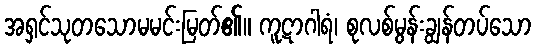
အရှင်သုတသောမမင်းမြတ်၏။ ကူဋာဂါရံ၊ စုလစ်မွန်းချွန်တပ်သော